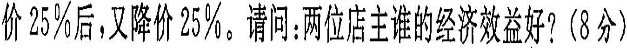
价25%后，由降价25%。请问：两位店主谁的经济效益好？（8分）